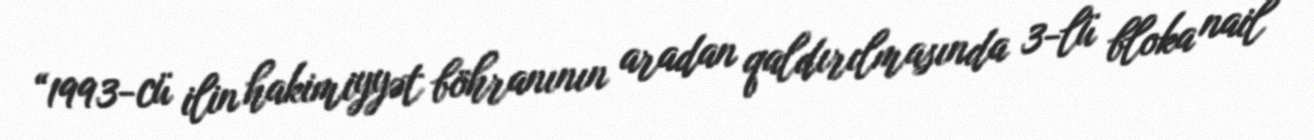
“1993-cü ilin hakimiyyət böhranının aradan qaldırılmasında 3-lü bloka nail